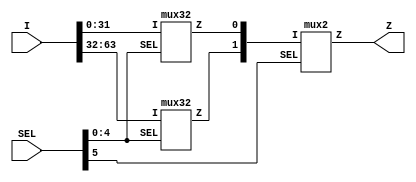
// Copyright 2021 EnICS Labs, Bar-Ilan University.
// Licensed under the Apache License, Version 2.0, see LICENSE for details.
// SPDX-License-Identifier: Apache-2.0

module mux64 (I, SEL, Z);

	//ports
	input [63:0] I;
	input [5:0] SEL;
	output Z;

	//wires
	wire [63:0] I;
	wire [5:0] SEL;
	wire Z;
	wire int1;
	wire int2;

	//instances
	mux32 i_muxA(.I({I[31:0]}), .SEL({SEL[4:0]}), .Z(int1));
	mux32 i_muxB(.I({I[63:32]}), .SEL({SEL[4:0]}), .Z(int2));
	mux2 i_muxZ(.I({int2, int1}), .SEL({SEL[5]}), .Z(Z));

endmodule


module mux128 (I, SEL, Z);

	//ports
	input [127:0] I;
	input [6:0] SEL;
	output Z;

	//wires
	wire [127:0] I;
	wire [6:0] SEL;
	wire Z;
	wire int1;
	wire int2;

	//instances
	mux64 i_muxA(.I({I[63:0]}), .SEL({SEL[5:0]}), .Z(int1));
	mux64 i_muxB(.I({I[127:64]}), .SEL({SEL[5:0]}), .Z(int2));
	mux2 i_muxZ(.I({int2, int1}), .SEL({SEL[6]}), .Z(Z));

endmodule


module mux8 (I, SEL, Z);

	//ports
	input [7:0] I;
	input [2:0] SEL;
	output Z;

	//wires
	wire [7:0] I;
	wire [2:0] SEL;
	wire Z;
	wire int1;
	wire int2;

	//instances
	mux4 i_muxA(.I({I[3:0]}), .SEL({SEL[1:0]}), .Z(int1));
	mux4 i_muxB(.I({I[7:4]}), .SEL({SEL[1:0]}), .Z(int2));
	mux2 i_muxZ(.I({int2, int1}), .SEL({SEL[2]}), .Z(Z));

endmodule


module mux4 (I, SEL, Z);

	//ports
	input [3:0] I;
	input [1:0] SEL;
	output Z;

	//wires
	wire [3:0] I;
	wire [1:0] SEL;
	wire Z;
	wire int1;
	wire int2;

	//instances
	mux2 i_muxA(.I({I[1:0]}), .SEL({SEL[0]}), .Z(int1));
	mux2 i_muxB(.I({I[3:2]}), .SEL({SEL[0]}), .Z(int2));
	mux2 i_muxZ(.I({int2, int1}), .SEL({SEL[1]}), .Z(Z));

endmodule


module mux256 (I, SEL, Z);

	//ports
	input [255:0] I;
	input [7:0] SEL;
	output Z;

	//wires
	wire [255:0] I;
	wire [7:0] SEL;
	wire Z;
	wire int1;
	wire int2;

	//instances
	mux128 i_muxA(.I({I[127:0]}), .SEL({SEL[6:0]}), .Z(int1));
	mux128 i_muxB(.I({I[255:128]}), .SEL({SEL[6:0]}), .Z(int2));
	mux2 i_muxZ(.I({int2, int1}), .SEL({SEL[7]}), .Z(Z));

endmodule


module mux2 (I, SEL, Z);

	//ports
	input [1:0] I;
	input [0:0] SEL;
	output Z;

	//wires
	wire [1:0] I;
	wire [0:0] SEL;
	wire Z;

endmodule


module mux16 (I, SEL, Z);

	//ports
	input [15:0] I;
	input [3:0] SEL;
	output Z;

	//wires
	wire [15:0] I;
	wire [3:0] SEL;
	wire Z;
	wire int1;
	wire int2;

	//instances
	mux8 i_muxA(.I({I[7:0]}), .SEL({SEL[2:0]}), .Z(int1));
	mux8 i_muxB(.I({I[15:8]}), .SEL({SEL[2:0]}), .Z(int2));
	mux2 i_muxZ(.I({int2, int1}), .SEL({SEL[3]}), .Z(Z));

endmodule


module mux512 (I, SEL, Z);

	//ports
	input [511:0] I;
	input [8:0] SEL;
	output Z;

	//wires
	wire [511:0] I;
	wire [8:0] SEL;
	wire Z;
	wire int1;
	wire int2;

	//instances
	mux256 i_muxA(.I({I[255:0]}), .SEL({SEL[7:0]}), .Z(int1));
	mux256 i_muxB(.I({I[511:256]}), .SEL({SEL[7:0]}), .Z(int2));
	mux2 i_muxZ(.I({int2, int1}), .SEL({SEL[8]}), .Z(Z));

endmodule


module mux32 (I, SEL, Z);

	//ports
	input [31:0] I;
	input [4:0] SEL;
	output Z;

	//wires
	wire [31:0] I;
	wire [4:0] SEL;
	wire Z;
	wire int1;
	wire int2;

	//instances
	mux16 i_muxA(.I({I[15:0]}), .SEL({SEL[3:0]}), .Z(int1));
	mux16 i_muxB(.I({I[31:16]}), .SEL({SEL[3:0]}), .Z(int2));
	mux2 i_muxZ(.I({int2, int1}), .SEL({SEL[4]}), .Z(Z));

endmodule